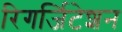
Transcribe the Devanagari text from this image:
रिगर्जिटेशन